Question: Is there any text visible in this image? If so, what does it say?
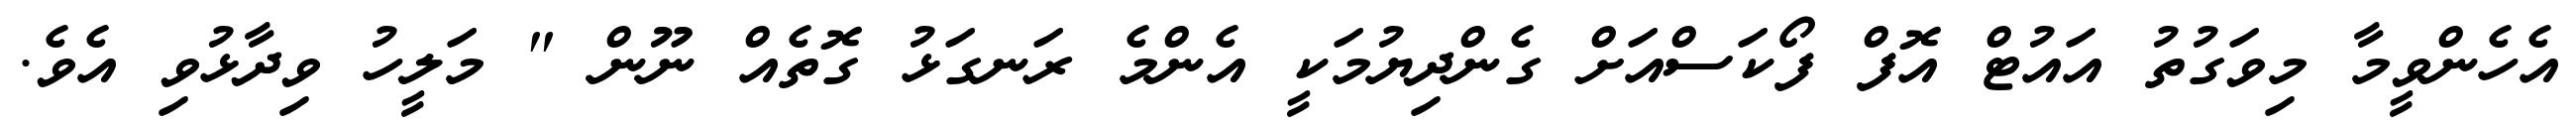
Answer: އެހެންވީމާ މިވަގުތު އައުޓް އޮފް ފޯކަސްއަށް ގެންދިޔުމަކީ އެންމެ ރަނގަޅު ގޮތެއް ނޫން " މަލީހު ވިދާޅުވި އެވެ.